Vaccination North-Western Provinces and Oudh 1896-1901 - 1896-1901
Year: 1896
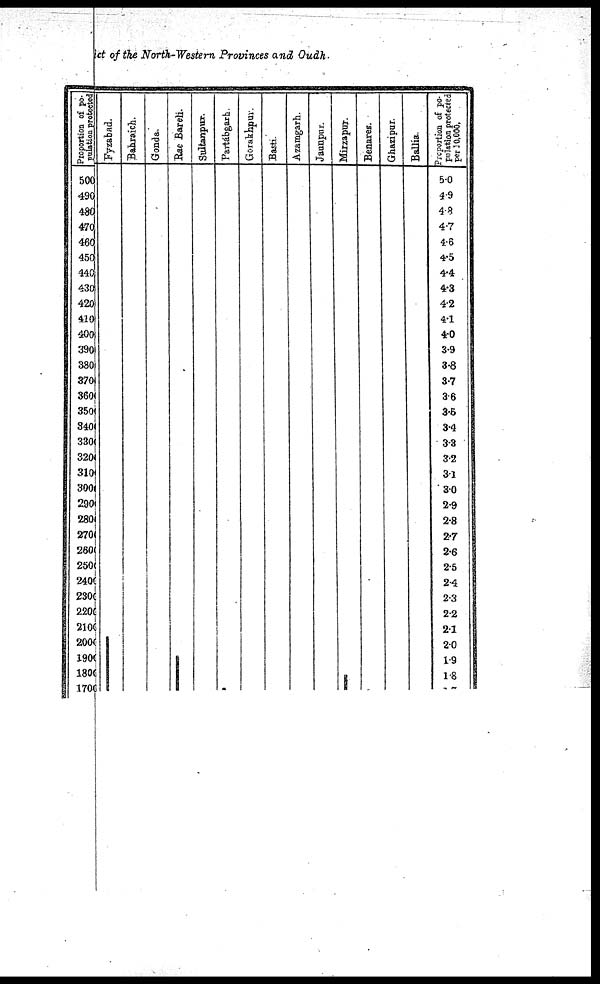
ct of the North-Western Provinces and Oudh.